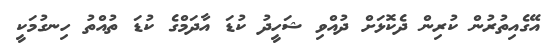
އޭގެއިތުރުން ކުރިން ދެކޮޅަށް ދުއްވި ޝަހީދު ކުޑަ އާދަމްގެ ކުޑަ ތުއްތު ހިނގުމަކީ